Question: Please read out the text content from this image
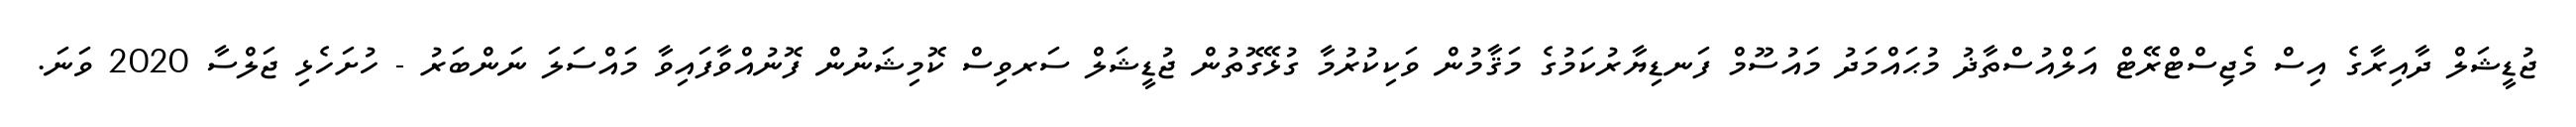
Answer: ޖުޑީޝަލް ދާއިރާގެ އިސް މެޖިސްޓްރޭޓް އަލްއުސްތާޛު މުޙައްމަދު މައުސޫމް ފަނޑިޔާރުކަމުގެ މަޤާމުން ވަކިކުރުމާ ގުޅޭގޮތުން ޖުޑީޝަލް ސަރވިސް ކޮމިޝަނުން ފޮނުއްވާފައިވާ މައްސަލަ ނަންބަރު - ހުށަހެޅި ޖަލްސާ 2020 ވަނަ.